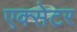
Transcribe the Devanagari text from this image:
एक्‍सेटर